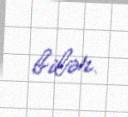
bilər.